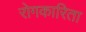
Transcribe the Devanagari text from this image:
रोगकारिता